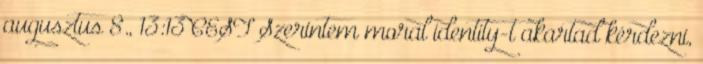
augusztus 8., 13:13 CEST Szerintem moral identity-t akartad kérdezni,